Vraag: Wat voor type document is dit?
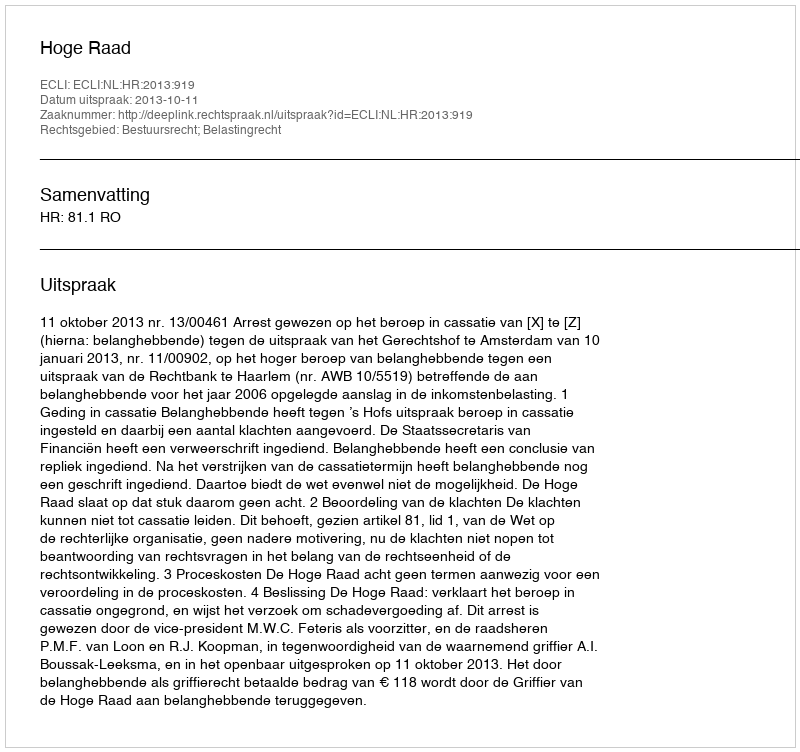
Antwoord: Uitspraak